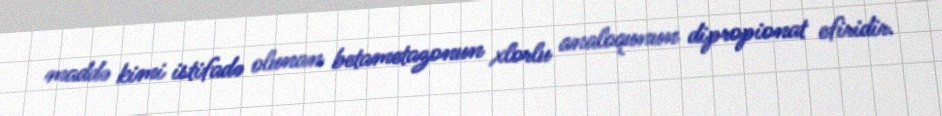
maddə kimi istifadə olunan betametazonun xlorlu analoqunun dipropionat efiridir.